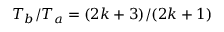
T _ { b } / T _ { a } = ( 2 k + 3 ) / ( 2 k + 1 )